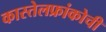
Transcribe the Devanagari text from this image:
कास्तेलफ्रांकोची